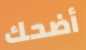
أضحك